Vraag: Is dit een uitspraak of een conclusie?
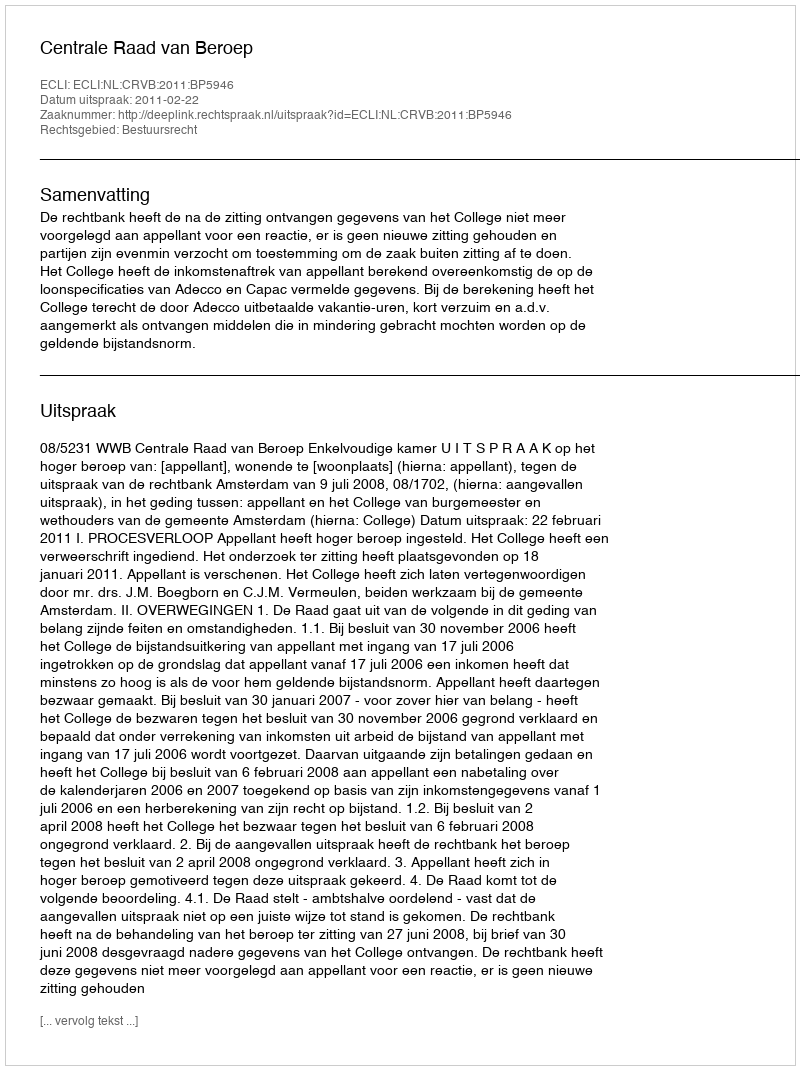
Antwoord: Uitspraak